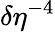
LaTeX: \delta\eta^{-4}